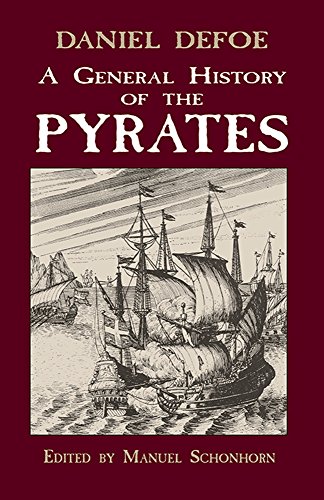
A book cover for A General History of the Pyrates (Dover Maritime); Daniel Defoe; Engineering & Transportation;